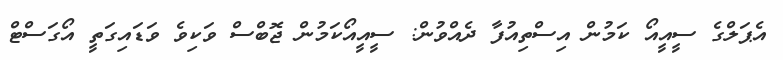
އެޕަލްގެ ސީއީއޯ ކަމުން އިސްތިއުފާ ދެއްވުން: ސީއީއޯކަމުން ޖޮބްސް ވަކިވެ ވަޑައިގަތީ އޯގަސްޓް